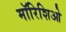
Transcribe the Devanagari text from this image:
मॉरिशिओ